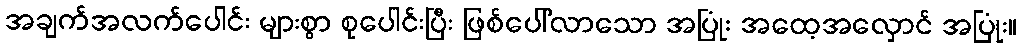
အချက်အလက်ပေါင်း များစွာ စုပေါင်းပြီး ဖြစ်ပေါ်လာသော အပြုံး အထေ့အလှောင် အပြုံး။